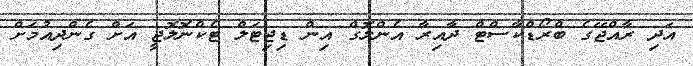
އަދި ރާއްޖޭގެ ބްރޯޑްކާސްޓް ދާއިރާ އެންލޮގް އިން ޑިޖިޓަލް ޓެކްނޮލޮޖީ އަށް ގެންދިއުމަށް